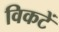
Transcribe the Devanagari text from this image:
विकटें